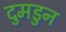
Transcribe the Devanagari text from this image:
दुमडुन